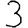
Digit: 3